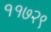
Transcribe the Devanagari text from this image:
११७२९